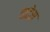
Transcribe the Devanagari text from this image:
वाटेस